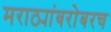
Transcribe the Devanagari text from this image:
मराठ्यांबरोबरच